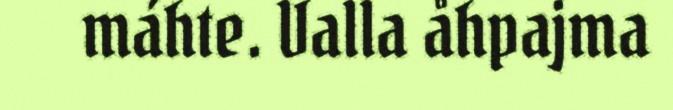
máhte. Valla åhpajma